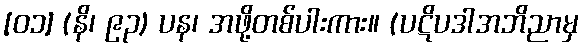
[၀၁] (နိ၊ ၉၃) ပန၊ အဖို့တစ်ပါးကား။ (ပဋိပဒါအဘိညာမှ